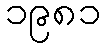
၁၉၈၁